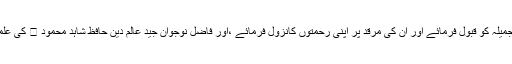
اللہ تعالیٰ محدث گوندلوی کی تمام مساعی جمیلہ کو قبول فرمائے اور ان کی مرقد پر اپنی رحمتوں کانزول فرمائے ،اور فاضل نوجوان جید عالمِ دین حافظ شاہد محمود ﷾ کی علمی وتحقیقی خدمات بھی انتہائی قابل قدر ہیں ۔